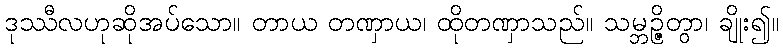
ဒုဿီလဟုဆိုအပ်သော။ တာယ တဏှာယ၊ ထိုတဏှာသည်။ သမ္ဘဉ္ဇိတွာ၊ ချိုး၍။